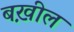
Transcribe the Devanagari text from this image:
बख़ील